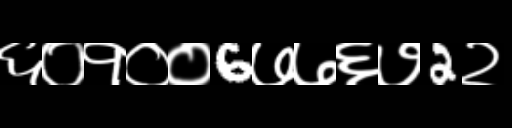
Text: ६०१००6७७६७2२